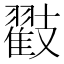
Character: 𭣟